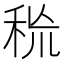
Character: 𥞙